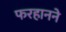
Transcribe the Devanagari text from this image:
फरहानने